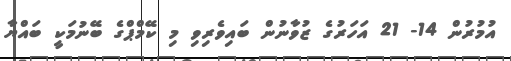
އުމުރުން 14- 21 އަހަރުގެ ޒުވާނުން ބައިވެރިވި މި ކޭމްޕްގެ ބޭނުމަކީ ބައްޔާ